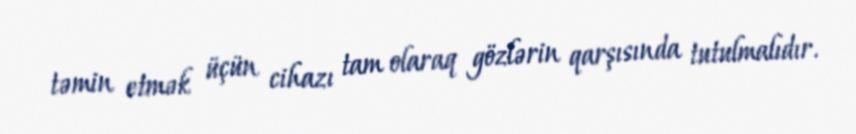
təmin etmək üçün cihazı tam olaraq gözlərin qarşısında tutulmalıdır.